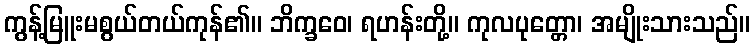
ကွန့်မြူးမစွယ်တယ်ကုန်၏။ ဘိက္ခဝေ၊ ရဟန်းတို့။ ကုလပုတ္တော၊ အမျိုးသားသည်။